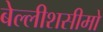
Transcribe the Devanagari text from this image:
बेल्लीशसीमो